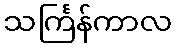
သင်္ကြန်ကာလ